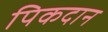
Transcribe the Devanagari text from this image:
पिकदान